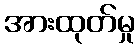
အားထုတ်မှု